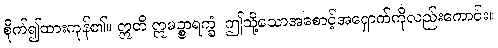
စိုက်၍ထားကုန်၏။ ဣတိ ဣမဉ္စာရက္ခံ၊ ဤသို့သောအစောင့်အရှောက်ကိုလည်းကောင်း။